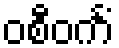
ဝစီဝင်္ကံ